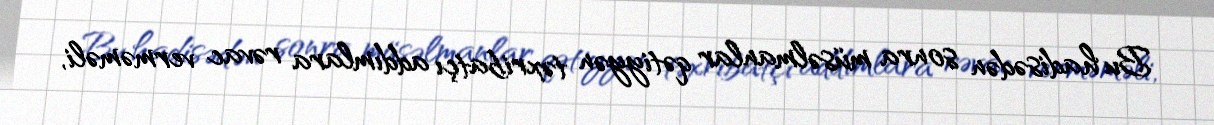
Bu hadisədən sonra müsəlmanlar qətiyyən təxribatçı addımlara rəvac verməməli,